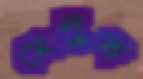
মেলুক